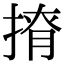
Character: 𢰒